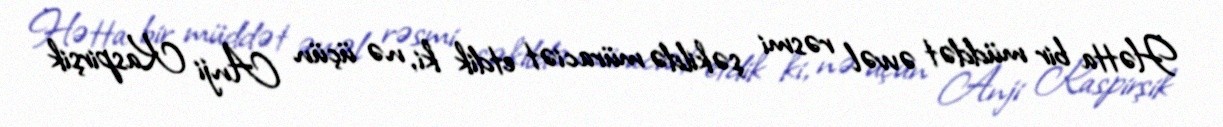
Hətta bir müddət əvvəl rəsmi şəkildə müraciət etdik ki, nə üçün Anji Kaspirşik